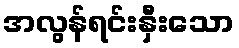
အလွန်ရင်းနှီးသော